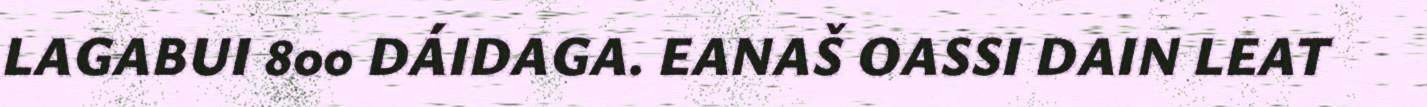
LAGABUI 800 DÁIDAGA. EANAŠ OASSI DAIN LEAT